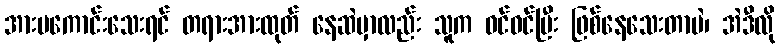
အားမကောင်းသေးရင် တရားအားထုတ် နေဆဲမှာလည်း သူက ဝင်ဝင်ပြီး ဖြစ်နေသေးတာပဲ၊ အဲဒီလို